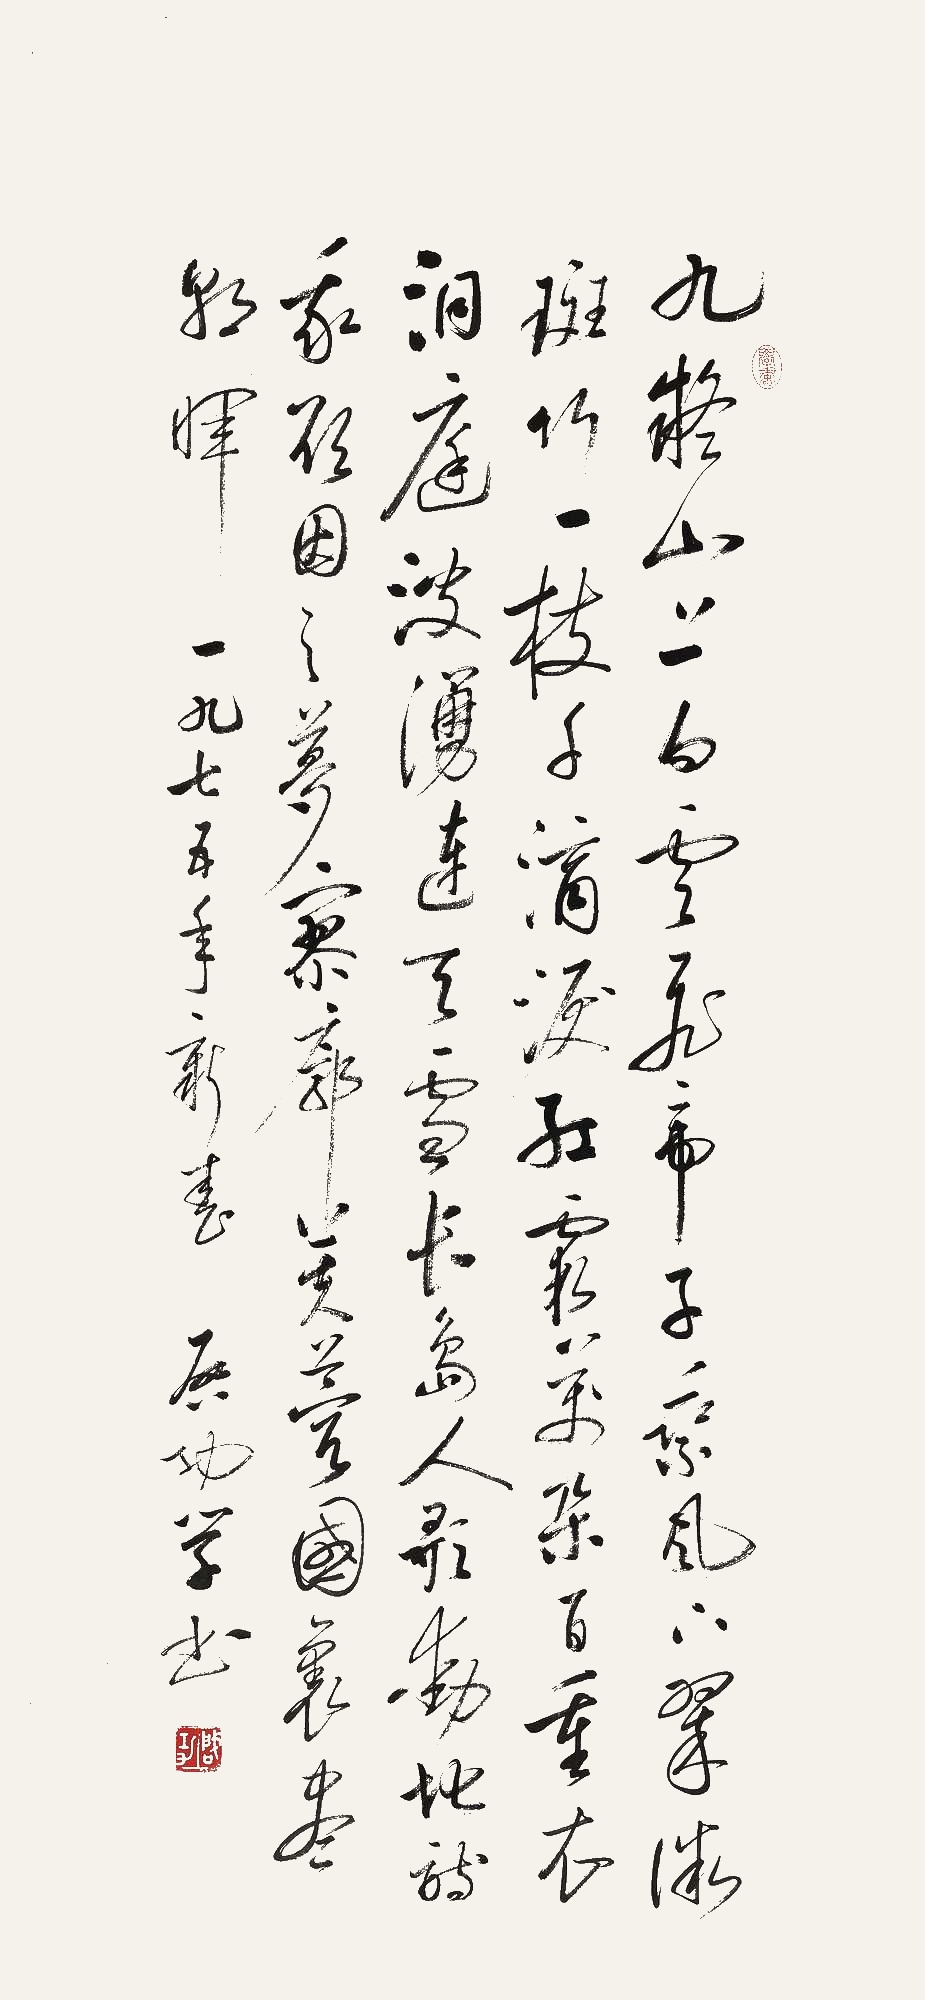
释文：九疑山上白云飞，帝子乘风下翠微。斑竹一枝千滴泪，红霞万朵百重衣。洞庭波涌连天雪，长岛人歌动地诗。我欲因之梦寥廓，芙蓉国里尽朝晖。一九七五年新春，启功学书。